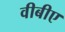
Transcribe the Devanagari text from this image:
वीबीए